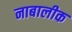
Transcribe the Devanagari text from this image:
नाबालीक